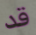
قد